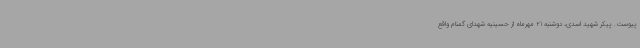
پیوست. پیکر شهید اسدی، دوشنبه 21 مهرماه از حسینیه شهدای گمنام واقع